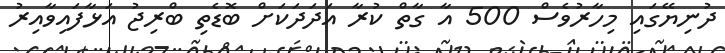
ދުނިޔޭގައި މިހާރުވެސް 500 އާ ގާތް ކުރާ އަދަދަކަށް ބޮޑެތި ބްރިޖު އަޅާފައިވާއިރު